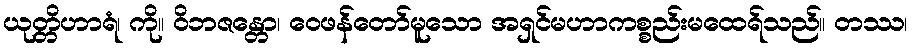
ယုတ္တိဟာရံ၊ ကို။ ဝိဘဇန္တော၊ ဝေဖန်တော်မူသော အရှင်မဟာကစ္စည်းမထေရ်သည်။ တဿ၊